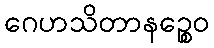
ဂေဟသိတာနဉ္စေဝ